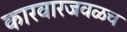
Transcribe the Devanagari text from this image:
कारवारजवळच